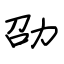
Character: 劭